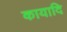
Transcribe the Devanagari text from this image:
कायादि